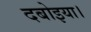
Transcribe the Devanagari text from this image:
दबोइया।